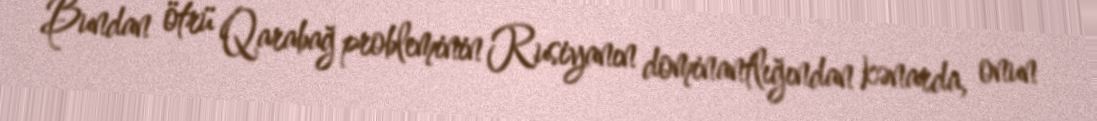
Bundan ötrü Qarabağ probleminin Rusiyanın dominantlığından kənarda, onun